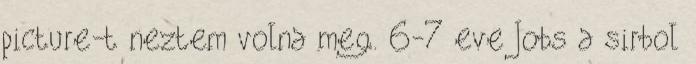
picture-t neztem volna meg. 6-7 eve Jobs a sirbol